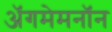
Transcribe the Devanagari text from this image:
अॅगमेमनॉन